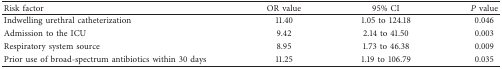
| Risk factor | OR value | 95% CI | P value |
 | --- | --- | --- | --- |
 | Indwelling urethral catheterization | 11.40 | 1.05 to 124.18 | 0.046 |
 | Admission to the ICU | 9.42 | 2.14 to 41.50 | 0.003 |
 | Respiratory system source | 8.95 | 1.73 to 46.38 | 0.009 |
 | Prior use of broad-spectrum antibiotics within 30 days | 11.25 | 1.19 to 106.79 | 0.035 |